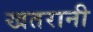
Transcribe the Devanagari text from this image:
खतरानी